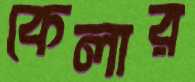
কেলার